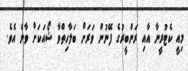
މިއީ ކެޓުރީނާ އާއި ރަންބީރުގެ ފޭނުން ވަރަށް ބަލާހިތްވާ ޝޯއަކަށް ވާނެ އެވެ.